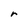
Character: r